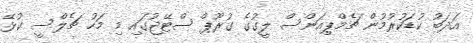
އަދަބު ކުޑަކުރުމުން ޗެމްޕިއަންސް ލީގުގެ ގުރޫޕް ސްޓޭޖުގައި މި މަހު ޗެލްސީ ކުޅޭ